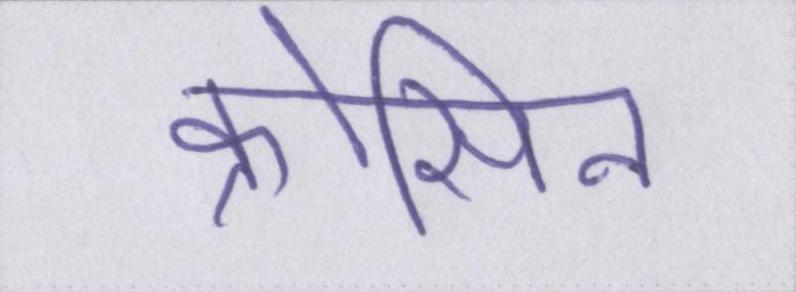
क्रोसिन